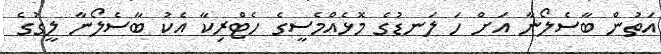
އަތުން ބާސެލޯނާ އަށް ހަ ލަނޑުގެ މޮޅެއްމެސީގެ ހެޓްރިކާ އެކު ބާސެލޯނާ ލީގުގެ